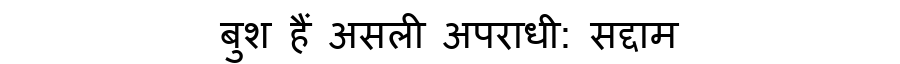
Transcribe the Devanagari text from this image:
बुश हैं असली अपराधी: सद्दाम